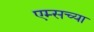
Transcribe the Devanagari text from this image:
एम्सच्या